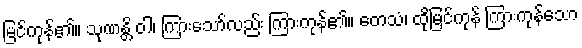
မြင်ကုန်၏။ သုဏန္တိ ဝါ၊ ကြားသော်လည်း ကြားကုန်၏။ တေသံ၊ ထိုမြင်ကုန် ကြားကုန်သော